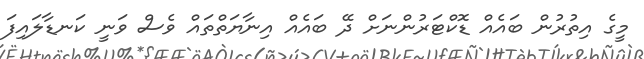
މީގެ އިތުރުން ބައެެއް ޑޮކްޓަރުންނަށް ދޭ ބައެެއް އިނާޔަތްތައް ވެސް ވަނީ ކަނޑާލައިފަ